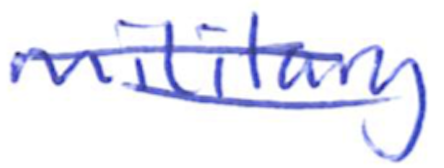
Text: military
Cross-out: double-line
Writing tool: ballpoint